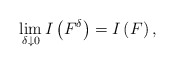
\begin{align*}\lim\limits_{\delta\downarrow 0}I\left(F^{\delta}\right) = I\left(F\right),\end{align*}